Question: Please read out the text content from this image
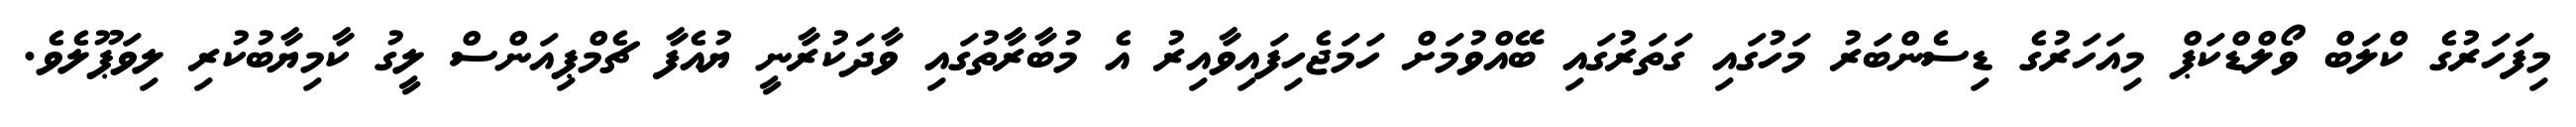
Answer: މިފަހަރުގެ ކްލަބް ވޯލްޑްކަޕް މިއަހަރުގެ ޑިސެންބަރު މަހުގައި ގަތަރުގައި ބޭއްވުމަށް ހަމަޖެހިފައިވާއިރު އެ މުބާރާތުގައި ވާދަކުރާނީ ޔުއެފާ ޗެމްޕިއަންސް ލީގު ކާމިޔާބުކުރި ލިވަޕޫލެވެ.